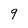
Character: 9